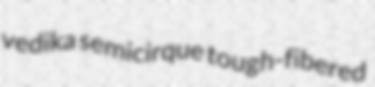
vedika semicirque tough-fibered